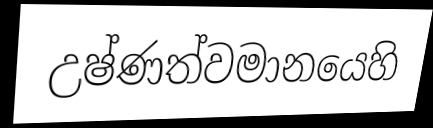
උෂ්ණත්වමානයෙහි